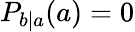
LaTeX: P_{b|a}(a)=0